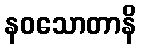
နဝသောတာနိ